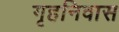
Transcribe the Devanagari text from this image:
गृहनिवास